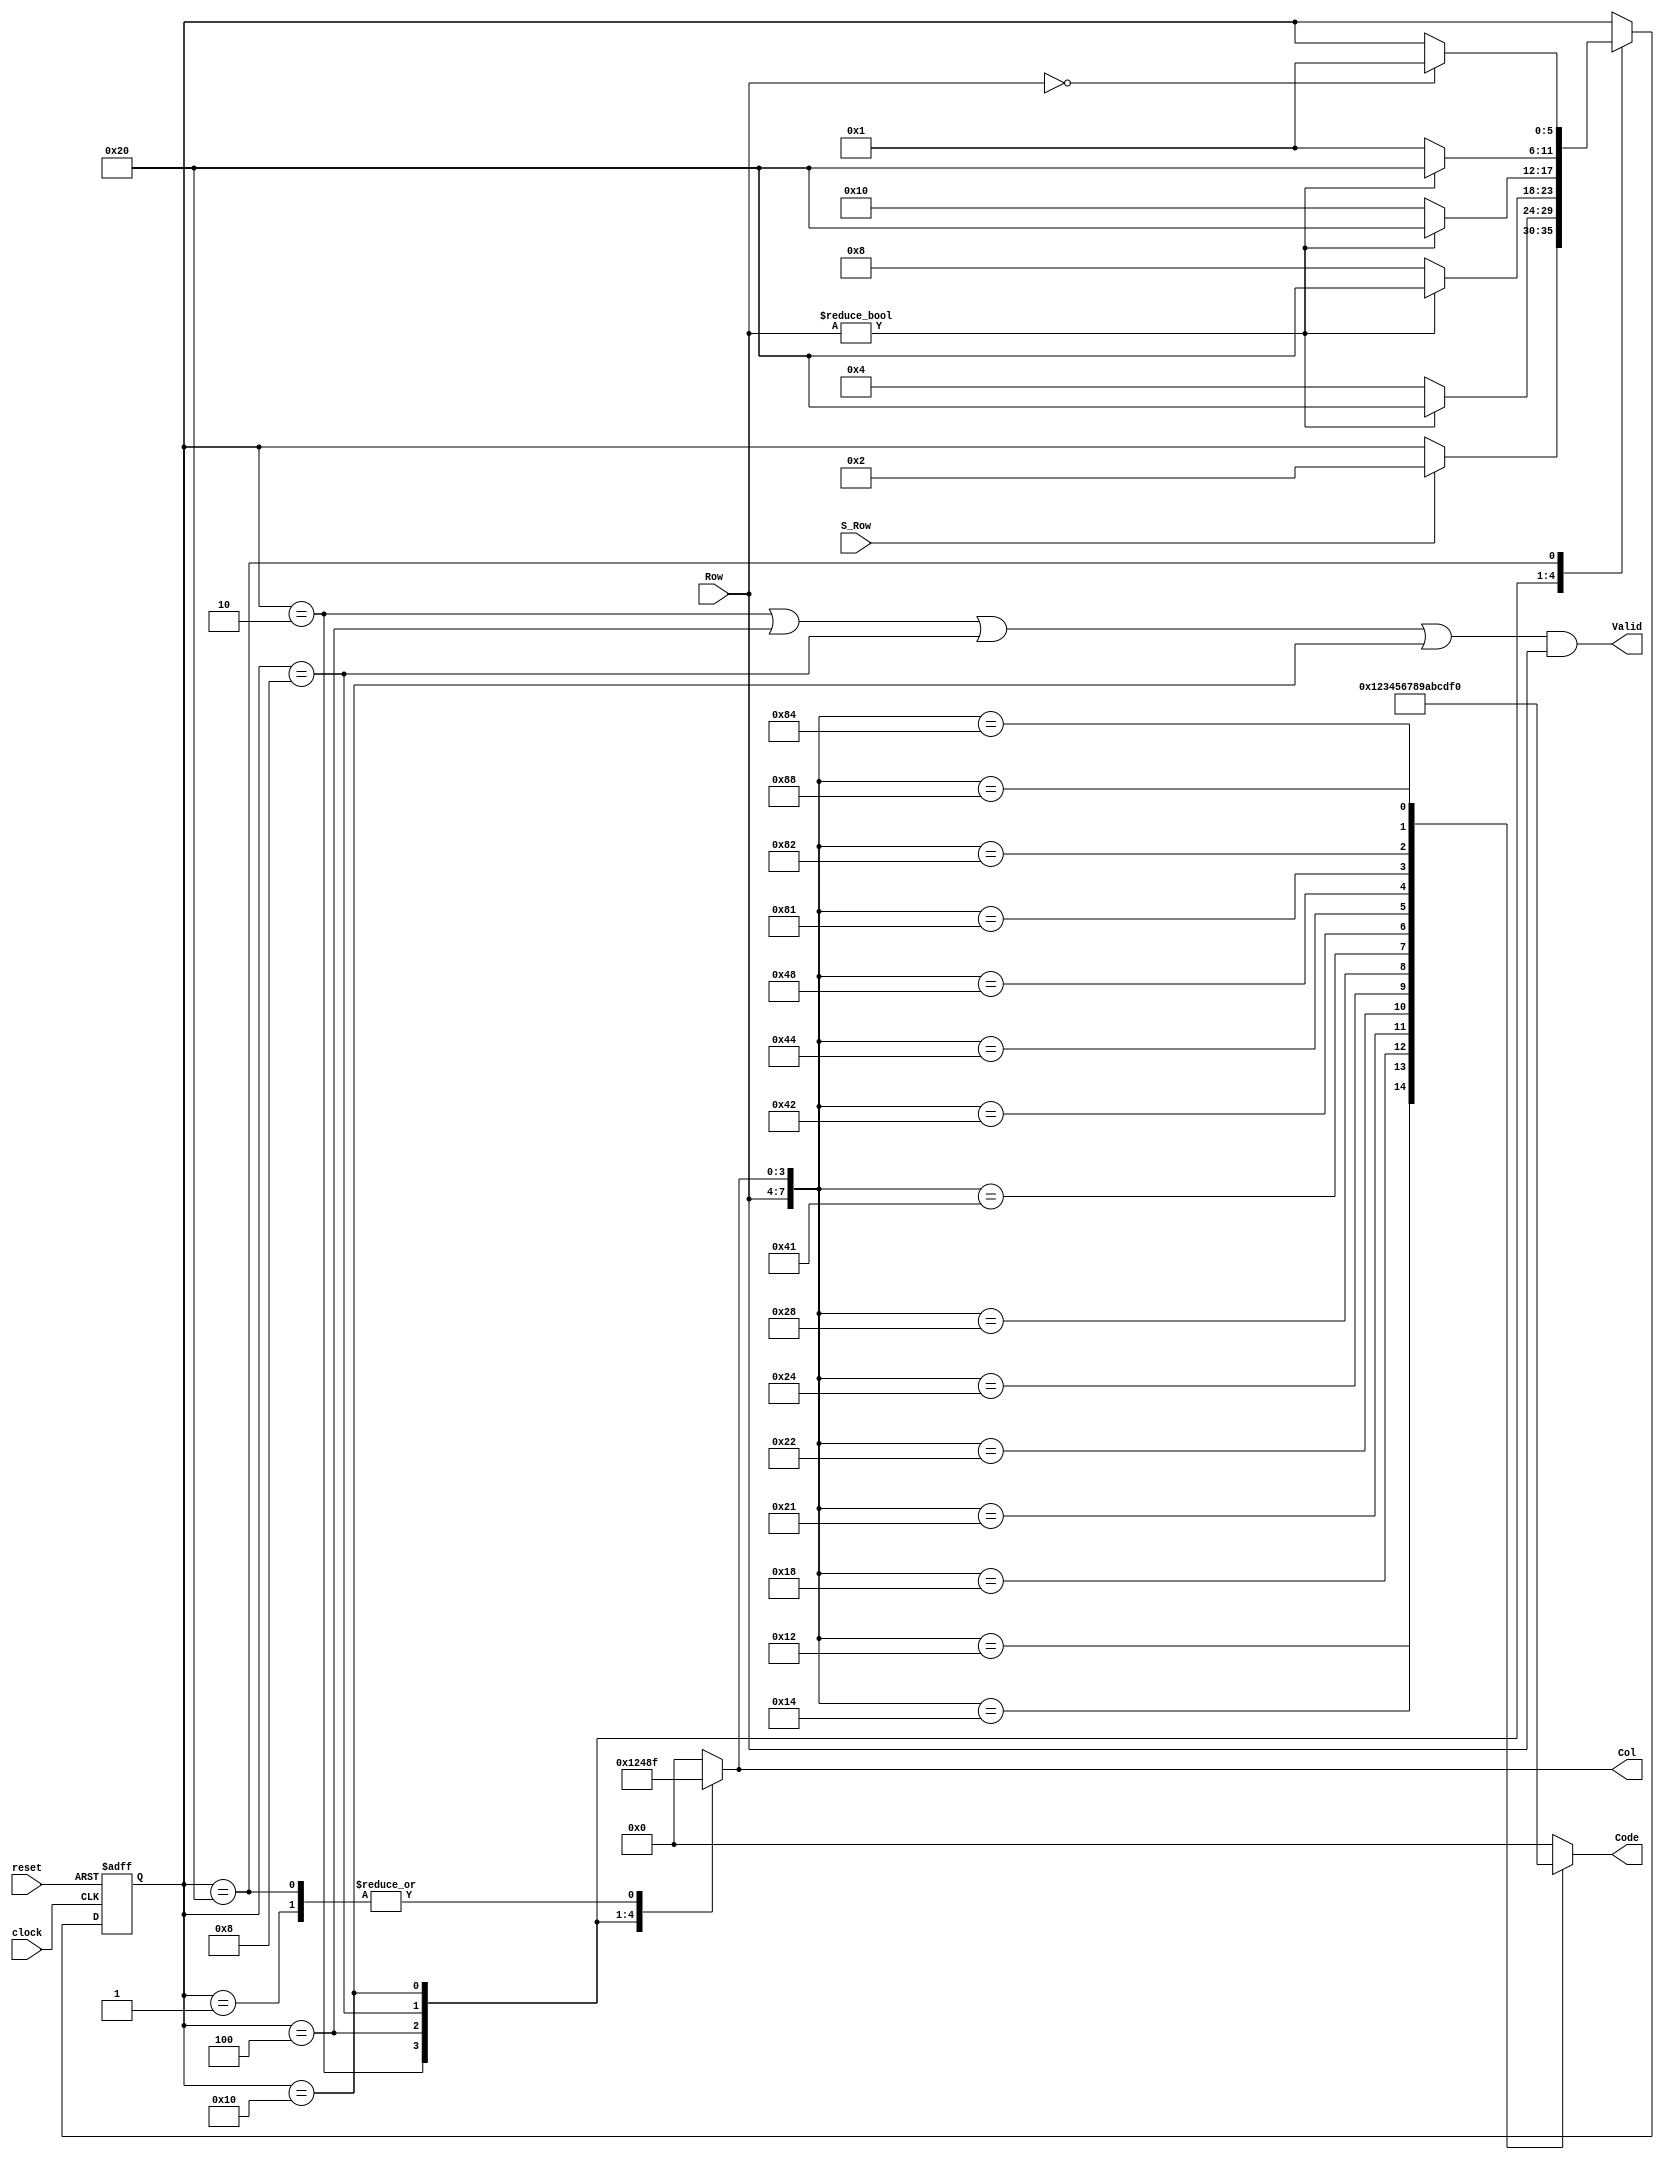
`timescale 1ns / 1ps
//////////////////////////////////////////////////////////////////////////////////
// Company: 
// Engineer: 
// 
// Design Name: 
// Module Name: Hex_Keypad_Encoder
// Project Name: 
// Target Devices: 
// Tool Versions: 
// Description: 
// 
// Dependencies: 
// 
// Revision:
// Revision 0.01 - File Created
// Additional Comments:
// 
//////////////////////////////////////////////////////////////////////////////////


/* Decode the asserted Row and Col
        Grayhill 072 Hex Keypad
                                    Col[0] Col[1] Col[2] Col[3]
        Row[0]                      0       1       2       3
        Row[1]                      4       5       6       7
        Row[2]                      8       9       A       B
        Row[3]                      C      D       E        F           */

module Hex_Keypad_Grayhill_072(
    input [3:0] Row,
    input S_Row,
    input clock,
    input reset,
    output reg [3:0] Code,
    output Valid,
    output reg [3:0] Col
    );
    
    reg [5: 0] state, next_state;
    
   // One-hot encoding
    parameter S_0 = 6'b000001, S_1 = 6'b000010, S_2 = 6'b000100;
    parameter S_3 = 6'b001000, S_4 = 6'b010000, S_5 = 6'b100000;
    assign Valid = ((state == S_1) || (state == S_2) || (state == S_3) || (state == S_4)) && Row;
    always @ (Row or Col)
    case ({Row, Col})
        8'b0001_0001: Code = 0; 
        8'b0001_0010: Code = 1;
        8'b0001_0100: Code = 2; 
        8'b0001_1000: Code = 3;
        8'b0010_0001: Code = 4; 
        8'b0010_0010: Code = 5;
        8'b0010_0100: Code = 6;
        8'b0010_1000: Code = 7;
        8'b0100_0001: Code = 8;
        8'b0100_0010: Code = 9;
        8'b0100_0100: Code = 10;        //A
        8'b0100_1000: Code = 11;        //B
        8'b1000_0001: Code = 12;        //C
        8'b1000_0010: Code = 13;        //D
        8'b1000_0100: Code = 14;        //E
        8'b1000_1000: Code = 15;        //F
        default: Code = 0;                     //Arbitrary choice
    endcase
    always @(posedge clock or posedge reset)
    if (reset) state <= S_0;
    else state <= next_state;
    always@ (state or S_Row or Row)                 // Next-state logic
    begin next_state = state; Col = 0;
    case (state)
        //Assert all columns
        S_0: begin Col = 15; if (S_Row) next_state =S_1; end
        //Assert column 0
        S_1: begin Col = 1; if (Row) next_state = S_5; else next_state = S_2; end
        //Assert column 1
        S_2: begin Col = 2; if (Row) next_state = S_5; else next_state = S_3; end
        // Assert column 2
        S_3: begin Col = 4; if (Row) next_state = S_5; else next_state= S_4; end
       // Assert column 3
        S_4: begin Col = 8; if (Row) next_state = S_5; else next_state = S_0; end
        // Assert all rows
        S_5: begin Col = 15; if (Row ==0) next_state = S_0; end
    endcase
    end
endmodule